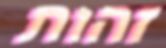
זהות